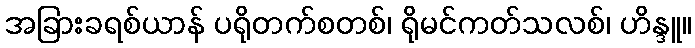
အခြားခရစ်ယာန် ပရိုတက်စတစ်၊ ရိုမင်ကတ်သလစ်၊ ဟိန္ဒူ။